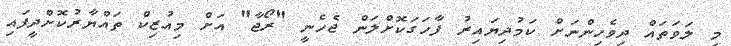
މި ލަވަތައް ދިވެހިންނަށް ކަމުދިޔައިރު ފާހަގަކޮށްލަން ޖެހެނީ "ރޯޖާ" އަށް މިއުޒިކް ތައްޔާރުކޮށްދީފައި